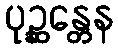
ပုဉ္ဆန္တေန